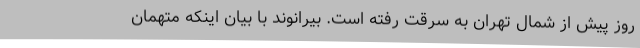
روز پیش از شمال تهران به سرقت رفته است. بیرانوند با بیان اینکه متهمان